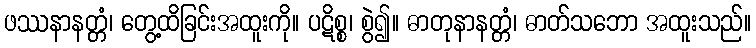
ဖဿနာနတ္တံ၊ တွေ့ထိခြင်းအထူးကို။ ပဋိစ္စ၊ စွဲ၍။ ဓာတုနာနတ္တံ၊ ဓာတ်သဘော အထူးသည်။